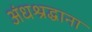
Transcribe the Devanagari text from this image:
अंधश्रद्धाना